Vaccination report Assam 1874-1896 - 1874-1896
Year: 1874
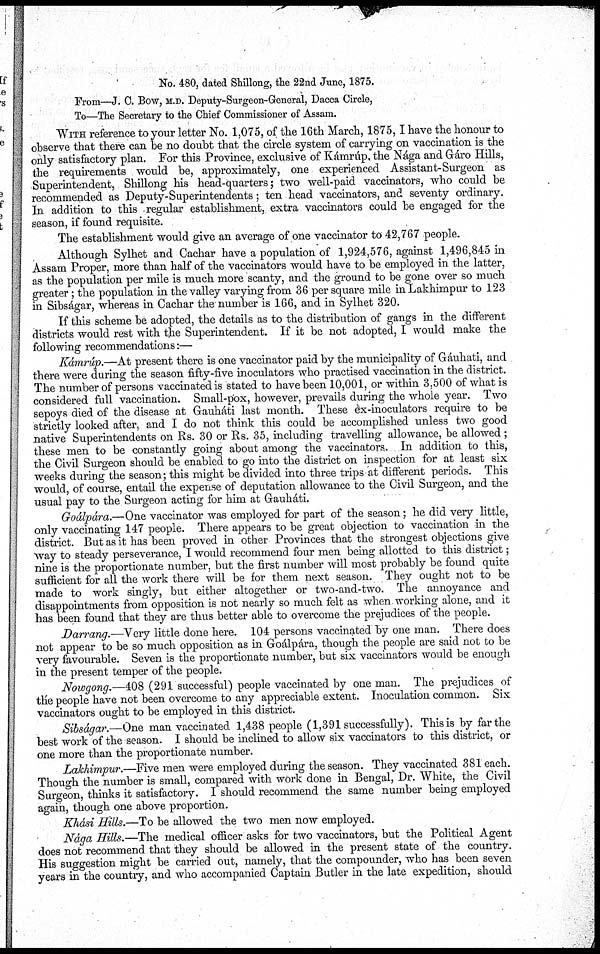
No. 480, dated Shillong, the 22nd June, 1875.
From—J. C. Bow, M.D. Deputy-Surgeon-General, Dacca Circle,
To—The Secretary to the Chief Commissioner of Assam.
WITH reference to your letter No. 1,075, of the 16th March, 1875,I have the honour to
observe that there can be no doubt that the circle system of carrying on vaccination is the
only satisfactory plan. For this Province, exclusive of Kámrúp, the Nága and Gáro Hills,
the requirements would be, approximately, one experienced Assistant-Surgeon as
Superintendent, Shillong his head-quarters; two well-paid vaccinators, who could be
recommended as Deputy-Superintendents; ten head vaccinators, and seventy ordinary.
In addition to this regular establishment, extra vaccinators could be engaged for the
season, if found requisite.
The establishment would give an average of one vaccinator to 42,767 people.
Although Sylhet and Cachar have a population of 1,924,576, against 1,496,845 in
Assam Proper, more than half of the vaccinators would have to be employed in the latter,
as the population per mile is much more scanty, and the ground to be gone over so much
greater; the population in the valley varying from 36 per square mile in Lakhimpur to 123
in Sibságar, whereas in Cachar the number is 166, and in Sylhet 320.
If this scheme be adopted, the details as to the distribution of gangs in the different
districts would rest with the Superintendent. If it be not adopted, I would make the
following recommendations:—
Kámrúp.—At present there is one vaccinator paid by the municipality of Gáuhati, and
there were during the season fifty-five inoculators who practised vaccination in the district.
The number of persons vaccinated is stated to have been 10,001, or within 3,500 of what is
considered full vaccination. Small-pox, however, prevails during the whole year. Two
sepoys died of the disease at Gauháti last month. These ex-inoculators require to be
strictly looked after, and I do not think this could be accomplished unless two good
native Superintendents on Rs. 30 or Rs. 35, including travelling allowance, be allowed ;
these men to be constantly going about among the vaccinators. In addition to this,
the Civil Surgeon should be enabled to go into the district on inspection for at least six
weeks during the season; this might be divided into three trips at different periods. This
would, of course, entail the expense of deputation allowance to the Civil Surgeon, and the
usual pay to the Surgeon acting for him at Gauháti.
Goálpára.—One vaccinator was employed for part of the season; he did very little,
only vaccinating 147 people. There appears to be great objection to vaccination in the
district. But as it has been proved in other Provinces that the strongest objections give
way to steady perseverance, I would recommend four men being allotted to this district;
nine is the proportionate number, but the first number will most probably be found quite
sufficient for all the work there will be for them next season. They ought not to be
made to work singly, but either altogether or two-and-two. The annoyance and
disappointments from opposition is not nearly so much felt as when working alone, and it
has been found that they are thus better able to overcome the prejudices of the people.
Darrang.—Very little done here. 104 persons vaccinated by one man. There does
not appear to be so much opposition as in Goálpára, though the people are said not to be
very favourable. Seven is the proportionate number, but six vaccinators would be enough
in the present temper of the people.
Nowgong.—408 (291 successful) people vaccinated by one man. The prejudices of
the people have not been overcome to any appreciable extent. Inoculation common. Six
vaccinators ought to be employed in this district.
Sibságar.—One man vaccinated 1,438 people (1,391 successfully). This is by far the
best work of the season. I should be inclined to allow six vaccinators to this district, or
one more than the proportionate number.
Lakhimpur.—Five men were employed during the season. They vaccinated 381 each.
Though the number is small, compared with work done in Bengal, Dr. White, the Civil
Surgeon, thinks it satisfactory. I should recommend the same number being employed
again, though one above proportion.
Khási Hills.—To be allowed the two men now employed.
Nága Hills.—The medical officer asks for two vaccinators, but the Political Agent
does not recommend that they should be allowed in the present state of the country.
His suggestion might be carried out, namely, that the compounder, who has been seven
years in the country, and who accompanied Captain Butler in the late expedition, should